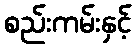
စည်းကမ်းနှင့်